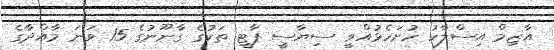
އާޒިމް އިސްލާހު ހުށަހެޅުއްވީ ސިޔާސީ ޕާޓީ ތަކުގެ ގާނޫނުގެ 15 ވަނަ މާއްދާގެ